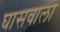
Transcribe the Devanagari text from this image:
घासवाला